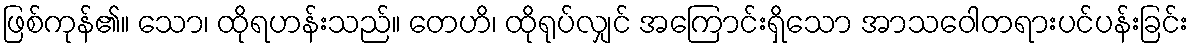
ဖြစ်ကုန်၏။ သော၊ ထိုရဟန်းသည်။ တေဟိ၊ ထိုရုပ်လျှင် အကြောင်းရှိသော အာသဝေါတရားပင်ပန်းခြင်း